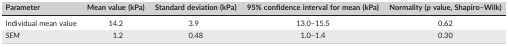
<table><thead><tr><td><b>Parameter</b></td><td><b>Mean value (kPa)</b></td><td><b>Standard deviation (kPa)</b></td><td><b>95% confidence interval for mean (kPa)</b></td><td><b>Normality (<i>p</i> value, Shapiro–Wilk)</b></td></tr></thead><tbody><tr><td>Individual mean value</td><td>14.2</td><td>3.9</td><td>13.0–15.5</td><td>0.62</td></tr><tr><td><i>SEM</i></td><td>1.2</td><td>0.48</td><td>1.0–1.4</td><td>0.30</td></tr></tbody></table>